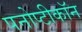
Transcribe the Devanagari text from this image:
पनोप्टीकॉन